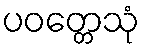
ပဝတ္တေသုံ